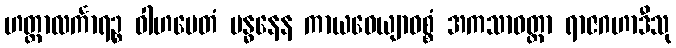
ဟတ္ထာလင်္ကာရဉ္စ ဝါဟမေတံ ဗန္ဓနေန ကာယဝေယျာဝစ္စံ အကသာဝတ္တာ ရာဇဂဟာဒီသု